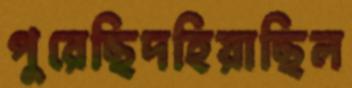
পুরেছিদহিয়াছিল